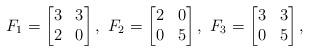
LaTeX: \begin{align*} F_{1} = \left[\begin{matrix} 3 & 3 \\ 2 & 0 \end{matrix}\right],\ F_{2} = \left[\begin{matrix} 2 & 0 \\ 0 & 5 \end{matrix}\right],\ F_3=\left[\begin{matrix} 3 & 3 \\ 0 & 5 \end{matrix}\right],\end{align*}